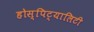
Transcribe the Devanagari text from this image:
होस्पिट्यालिटी